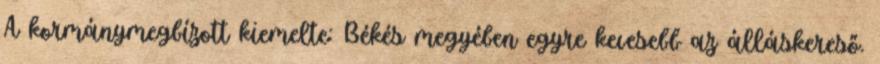
A kormánymegbízott kiemelte: Békés megyében egyre kevesebb az álláskereső.